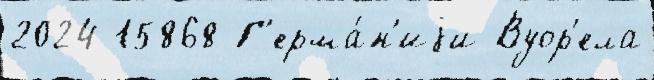
2024 15868 Г'ерма́н'иjи Вуор'ела